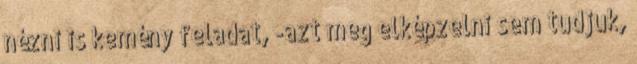
nézni is kemény feladat, -azt meg elképzelni sem tudjuk,